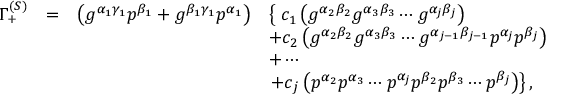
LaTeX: \begin{array} { r c r l } { { \Gamma _ { + } ^ { ( S ) } } } & { { = } } & { { \left( g ^ { \alpha _ { 1 } \gamma _ { 1 } } p ^ { \beta _ { 1 } } + g ^ { \beta _ { 1 } \gamma _ { 1 } } p ^ { \alpha _ { 1 } } \right) } } & { { \left\{ \; c _ { 1 } \left( g ^ { \alpha _ { 2 } \beta _ { 2 } } g ^ { \alpha _ { 3 } \beta _ { 3 } } \cdots g ^ { \alpha _ { j } \beta _ { j } } \right) \right. } } \\ { { } } & { { } } & { { } } & { { + c _ { 2 } \left( g ^ { \alpha _ { 2 } \beta _ { 2 } } g ^ { \alpha _ { 3 } \beta _ { 3 } } \cdots g ^ { \alpha _ { j - 1 } \beta _ { j - 1 } } p ^ { \alpha _ { j } } p ^ { \beta _ { j } } \right) } } \\ { { } } & { { } } & { { } } & { { + \cdots } } \\ { { } } & { { } } & { { } } & { { \left. + c _ { j } \left( p ^ { \alpha _ { 2 } } p ^ { \alpha _ { 3 } } \cdots p ^ { \alpha _ { j } } p ^ { \beta _ { 2 } } p ^ { \beta _ { 3 } } \cdots p ^ { \beta _ { j } } \right) \right\} , } } \end{array}